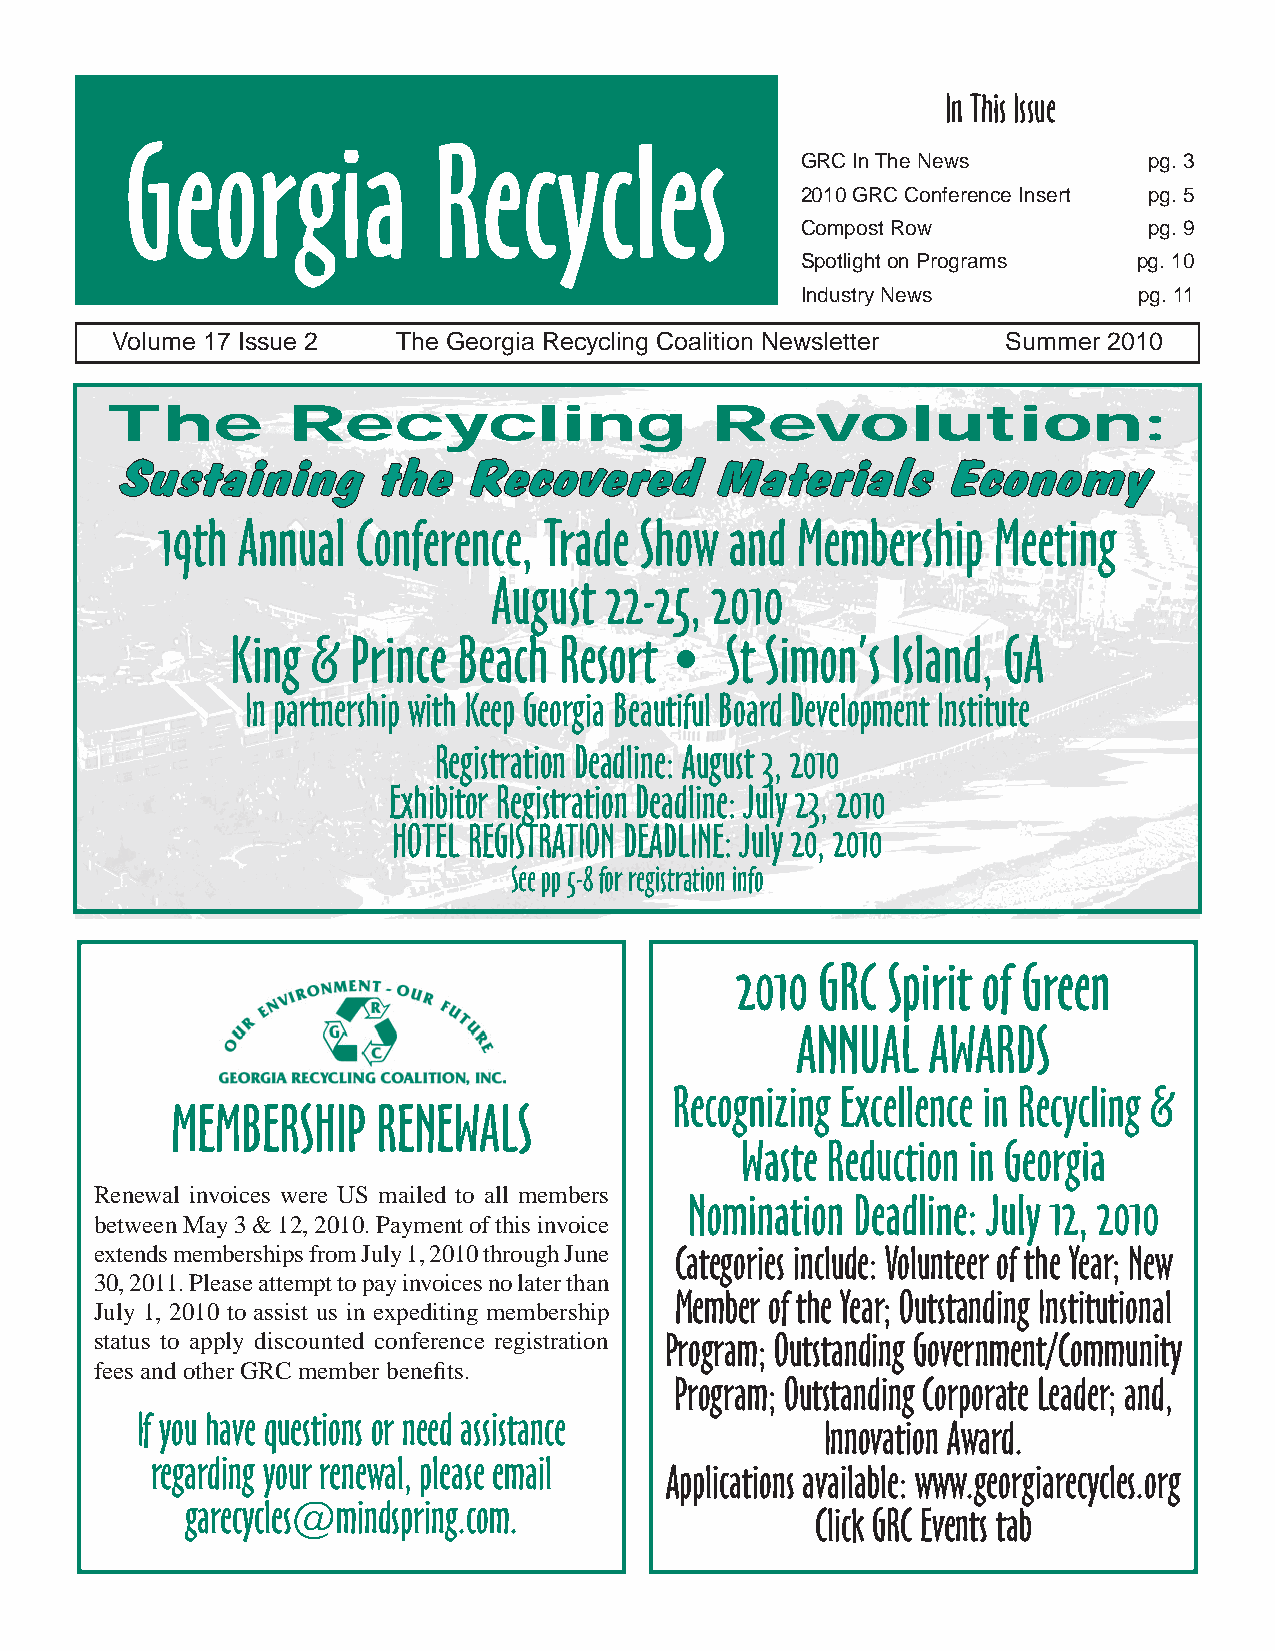
In This Issue
 Georgia              Recycles
 GRC In The News        pg. 3
 2010 GRC Conference Insert pg. 5
 Compost Row            pg. 9
 Spotlight on Programs pg. 10
 Industry News         pg. 11
 Volume 17 Issue 2  The Georgia Recycling Coalition Newsletter Summer 2010
 The         Recycling                   Revolution:
 Sustaining       the   Recovered        Materials      Economy
 19th  Annual  Conference, Trade Show  and  Membership   Meeting
 August 22-25, 2010
 King  & Prince Beach  Resort •   St Simon’s Island, GA
 In partnership with Keep Georgia Beautiful Board Development Institute
 Registration Deadline: August 3, 2010
 Exhibitor Registration Deadline: July 23, 2010
 HOTEL REGISTRATION DEADLINE: July 20, 2010
 See pp 5-8 for registration info
 2010 GRC  Spirit of Green
 ANNUAL   AWARDS
 Recognizing Excellence in Recycling &
 MEMBERSHIP    RENEWALS
 Waste Reduction in Georgia
 Renewal invoices were US mailed to all members
 Nomination Deadline: July 12, 2010
 between May 3 & 12, 2010. Payment of this invoice
 extends memberships from July 1, 2010 through June Categories include: Volunteer of the Year; New
 30, 2011. Please attempt to pay invoices no later than
 Member of the Year; Outstanding Institutional
 July 1, 2010 to assist us in expediting membership
 status to apply discounted conference registration Program; Outstanding Government/Community
 fees and other GRC member benefits.
 Program; Outstanding Corporate Leader; and,
 If you have questions or need assistance
 Innovation Award.
 regarding your renewal, please email
 Applications available: www.georgiarecycles.org
 garecycles@mindspring.com.
 Click GRC Events tab
 1